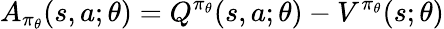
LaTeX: A_{\pi_{\theta}}(s,a;\theta)=Q^{\pi_{\theta}}(s,a;\theta)-V^{\pi_{\theta}}(s;\theta)